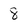
Character: 8